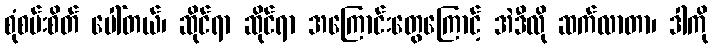
စုံစမ်းစိတ် ပေါ်တယ်၊ ဆိုင်ရာ ဆိုင်ရာ အကြောင်းတွေကြောင့် အဲဒီလို ဆက်လာတာ၊ ဒါကို